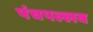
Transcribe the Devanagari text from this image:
पंचपल्लव